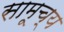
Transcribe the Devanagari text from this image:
सामूच्य